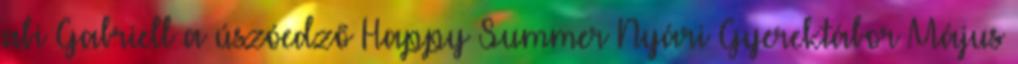
abi Gabriell a úszóedző Happy Summer Nyári Gyerektábor Május